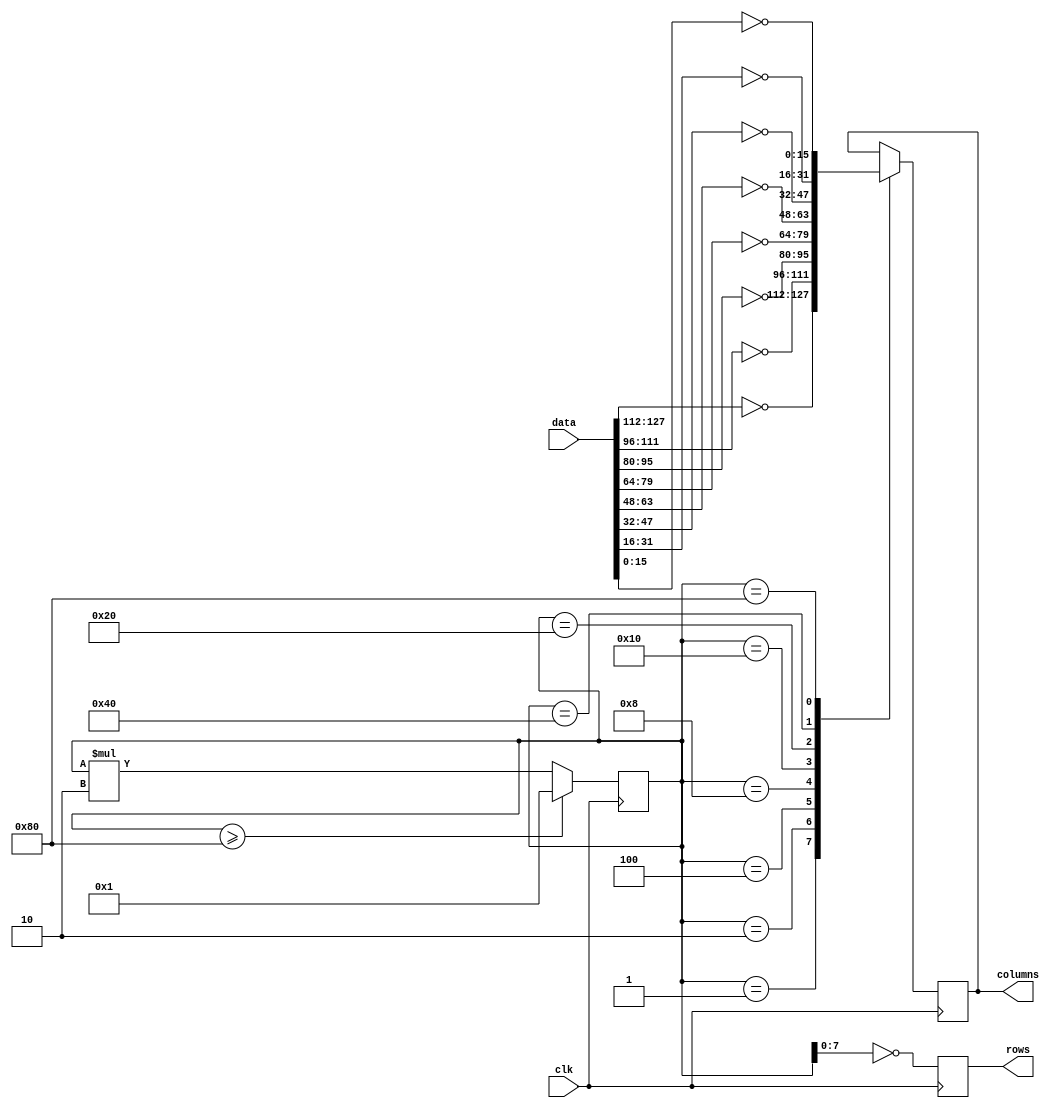
module screen16x8diode (
  input wire clk,
  input wire [127:0] data,
  output reg [15:0] columns,
  output reg [7:0] rows
); 

reg [15:0] number;

initial
begin
	number = 1;
	columns = 16'hFFFF;
	rows = 8'hFF;
end

always @(posedge clk)
begin
	if(number >= 128)
	begin
		number <= 1;
		rows <= ~number;
	end else begin
		rows <= ~number;
		number <= number*2;
	end
	
	case(number)
		1   : columns[15:0] <= ~data[127:112];
		2   : columns[15:0] <= ~data[111:96];
		4   : columns[15:0] <= ~data[95:80];
		8   : columns[15:0] <= ~data[79:64];
		16  : columns[15:0] <= ~data[63:48];
		32  : columns[15:0] <= ~data[47:32];
		64  : columns[15:0] <= ~data[31:16];
		128 : columns[15:0] <= ~data[15:0];
	endcase
end
endmodule